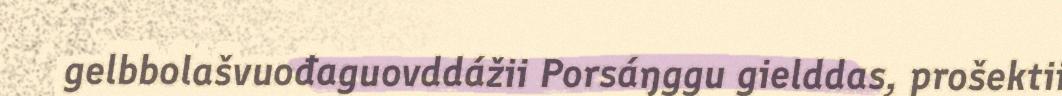
gelbbolašvuođaguovddážii Porsáŋggu gielddas, prošektii